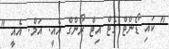
" ކައި ޑޯންޓް ގެޓް އިޓް ރޯންގް އެއީ. އަމް. އެއީ "